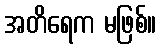
အတိရေက မဖြစ်။